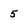
Character: 5